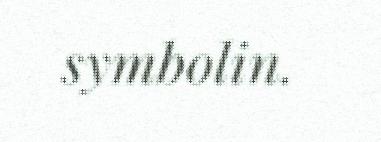
symbolin.